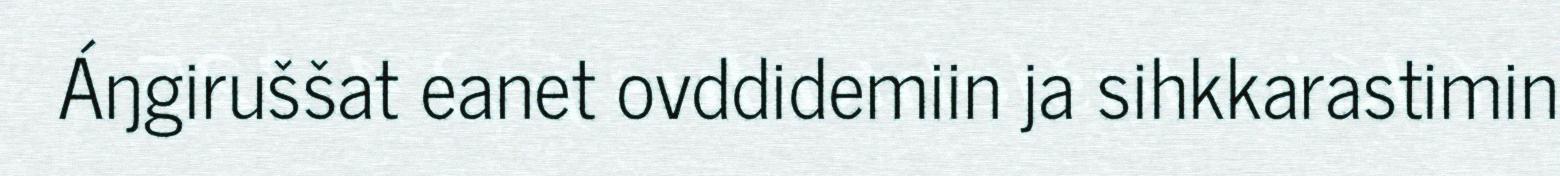
Áŋgiruššat eanet ovddidemiin ja sihkkarastimin